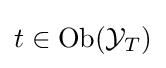
t\in {\text{Ob}}({\mathcal {Y}}_{T})